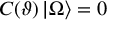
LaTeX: C ( \vartheta ) \left| \Omega \right\rangle = 0